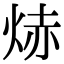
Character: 焃